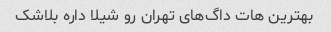
بهترین هات داگ‌های تهران رو شیلا داره بلاشک